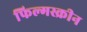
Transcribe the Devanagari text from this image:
फिल्मस्क्रीन